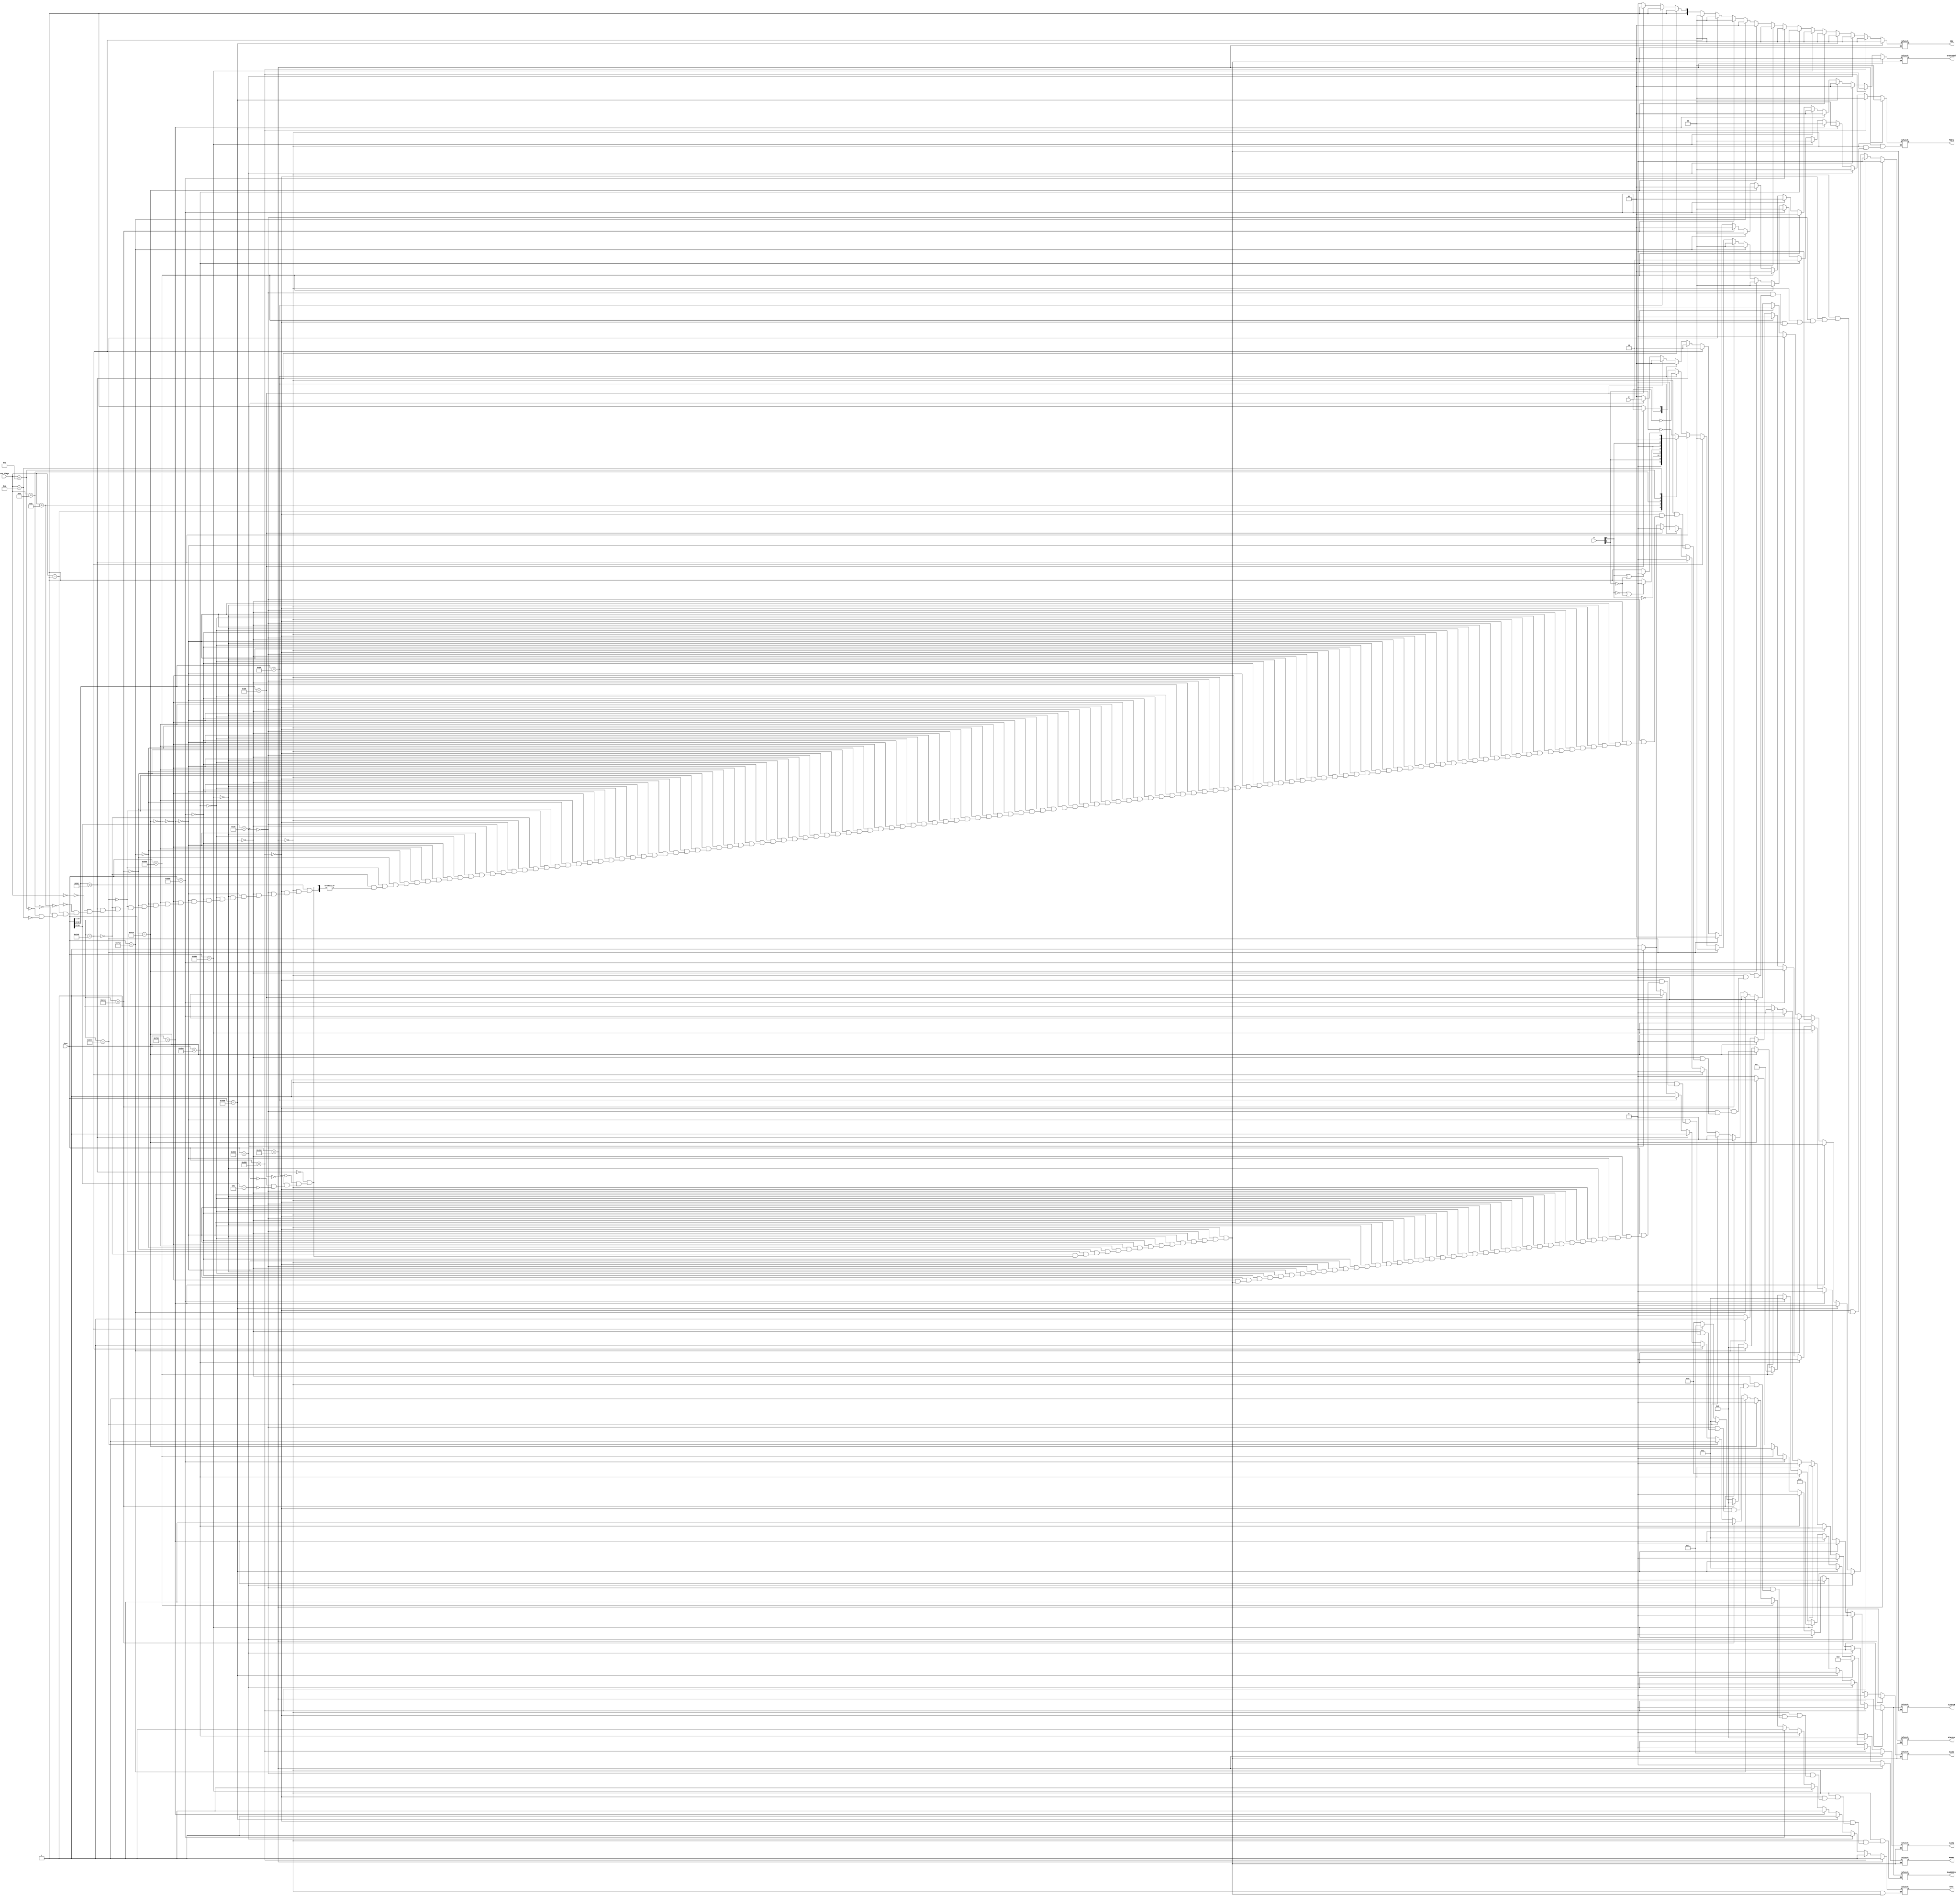
module Control_unit(
    input [10:0] Inst,
    input Z,
    input [1:0]N,
    input [3:0] con_flags,
    output reg RegRd2Src,
    output reg RfWr,
    output reg [1:0] SEU,
    output reg ALUSrcB,
    output reg [3:0] ALUOp,
    output reg MemWr,
    output reg MemRd,
    output reg [1:0] PCSrc,
    output reg [1:0] WrDataSel,
    output reg RfWrScr
    //output reg flagsWR
    );

always @(*)begin
        
        //AND
    if(Inst == 11'B10001010000)    
        begin
            RegRd2Src = 0;
            RfWr <= 1;
            SEU <= 0;
            ALUSrcB <= 0;
            ALUOp <= 2;
            MemWr <= 0;
            MemRd <= 0;
            PCSrc <= 0;
            WrDataSel <= 1;
            RfWrScr <= 0;
        end
        
        //ADD
    else if(Inst == 11'B10001011000)
        begin
            RegRd2Src <= 0;
            RfWr = 1;
            SEU <= 0;
            ALUSrcB <= 0;
            ALUOp <= 0;
            MemWr <= 0;
            MemRd <= 0;
            PCSrc <= 0;
            WrDataSel <= 1;
            RfWrScr <= 0;
        end 
        
        //ORR
    else if(Inst == 11'B10101010000)    
        begin
            RegRd2Src <= 0;
            RfWr <= 1;
            SEU <= 0;
            ALUSrcB <= 0;
            ALUOp <= 3;
            MemWr <= 0;
            MemRd <= 0;
            PCSrc <= 0;
            WrDataSel <= 1;
            RfWrScr <= 0;
        end 
        
        //SUB
    else if(Inst == 11'B11001011000)    
        begin
            RegRd2Src = 0;
            RfWr <= 1;
            SEU <= 0;
            ALUSrcB <= 0;
            ALUOp <= 1;
            MemWr <= 0;
            MemRd <= 0;
            PCSrc <= 0;
            WrDataSel <= 1;
            RfWrScr <= 0;
        end 
      /////////////////////////////////////  
     else if(Inst == 11'B11101011000)    
        begin
            RegRd2Src <= 0;
            RfWr <= 1;
            SEU <= 0;
            ALUSrcB <= 0;
            ALUOp <= 1;
            MemWr <= 0;
            MemRd <= 0;
            PCSrc <= 0;
            WrDataSel <= 1;
            RfWrScr <= 0;
        end
        
        //LSL
    else if(Inst == 11'B11010011011)     
        begin
            RegRd2Src <= 0;
            RfWr <= 1;
            SEU <= 0;
            ALUSrcB <= 0;
            ALUOp <= 6;
            MemWr <= 0;
            MemRd <= 0;
            PCSrc <= 0;
            WrDataSel <= 1;
            RfWrScr <= 0;
        end 
        
        //BR
    else if(Inst == 11'B11010110000) 
        begin
            RegRd2Src <= 0;
            RfWr <= 0;
            SEU <= 0;
            ALUSrcB <= 0;
            ALUOp <= 8;
            MemWr <= 0;
            MemRd <= 0;
            PCSrc <= 2;
            WrDataSel <= 1;
            RfWrScr <= 1;
        end 
        
        //ADDS
    else if(Inst == 11'B10101011000)
        begin
            RegRd2Src <= 0;
            RfWr <= 1;
            SEU <= 0;
            ALUSrcB <= 0;
            ALUOp <= 1;
            MemWr <= 0;
            MemRd <= 0;
            PCSrc <= 0;
            WrDataSel <= 1;
            RfWrScr <= 0;
        end 
        
        //SUBS
    else if(Inst == 11'B11101011000)
        begin
            RegRd2Src <= 0;
            RfWr <= 1;
            SEU <= 0;
            ALUSrcB <= 0;
            ALUOp <= 2;
            MemWr <= 0;
            MemRd <= 0;
            PCSrc <= 0;
            WrDataSel <= 1;
            RfWrScr <= 0;
        end 
        
        //LSR
    else if(Inst == 11'B11010011010)
        begin
            RegRd2Src = 0;
            RfWr <= 1;
            SEU <= 0;
            ALUSrcB <= 0;
            ALUOp <= 7;
            MemWr <= 0;
            MemRd <= 0;
            PCSrc <= 0;
            WrDataSel <= 1;
            RfWrScr <= 0;
        end 
        
        //STUR
    else if(Inst == 11'B11111000000)
        begin
            RegRd2Src = 1;
            RfWr <= 0;
            SEU <= 1;
            ALUSrcB <= 1;
            ALUOp <= 0;
            MemWr <= 1;
            MemRd <= 0;
            PCSrc <= 0;
            WrDataSel <= 1;
            RfWrScr <= 0;
        end 
        
        //LDUR
    else if(Inst == 11'B11111000010)
        begin
            RegRd2Src <= 1;
            RfWr <= 1;
            SEU <= 1;
            ALUSrcB <= 1;
            ALUOp <= 0;
            MemWr <= 0;
            MemRd <= 1;
            PCSrc <= 0;
            WrDataSel <= 0;
            RfWrScr <= 0;
        end 
        
        //ADDI

    else if(Inst[10:1] == 10'B1001000100)
        begin
            RegRd2Src <= 1;
            RfWr <= 1;
            SEU <= 0;
            ALUSrcB <= 1;
            ALUOp <= 0;
            MemWr <= 0;
            MemRd <= 0;
            PCSrc <= 0;
            WrDataSel <= 1;
            RfWrScr <= 0;
        end   
        
        //SUBI
    else if(Inst[10:1] == 10'B1101000100)
        begin
            RegRd2Src <= 1;
            RfWr <= 1;
            SEU <= 0;
            ALUSrcB <= 1;
            ALUOp <= 1;
            MemWr <= 0;
            MemRd <= 0;
            PCSrc <= 0;
            WrDataSel <= 1;
            RfWrScr <= 0;
        end  
        
        //ANDI
    else if(Inst[10:1] == 10'B1001001000)
        begin
            RegRd2Src <= 1;
            RfWr <= 1;
            SEU <= 0;
            ALUSrcB <= 1;
            ALUOp <= 2;
            MemWr <= 0;
            MemRd <= 0;
            PCSrc <= 0;
            WrDataSel <= 1;
            RfWrScr <= 0;
        end   
        
        //B.cond
    else if(Inst[10:3] == 8'B01010100)
        begin
            RegRd2Src <= 1;
            RfWr <= 1;
            SEU <= 3;
            ALUSrcB <= 1;
            ALUOp <= 8;
            MemWr <= 0;
            MemRd <= 0;
            case (con_flags)
                4'B0000:begin
                    PCSrc = ~N[1];
                end
                4'B0001:begin
                    PCSrc = N[1];
                end
                4'B1011:begin
                    PCSrc = ~N[0];
                end
                4'B1101:begin
                    if(N[0]==0 || N[1]==0)
                        PCSrc = 0;
                    else
                        PCSrc = 1;
                end
                4'B1100:begin
                    PCSrc = N[0];
                end
                4'B1010:begin
                    if(N[0]==1 || N[1]==0)
                        PCSrc = 0;
                    else
                        PCSrc = 1;
                end
            endcase
            WrDataSel <= 1;
            RfWrScr <= 0;
            //flagsWR <=1;
        end 
        
        //CBZ
    else if(Inst[10:3] == 8'B10110100)
        begin
            RegRd2Src <= 1;
            RfWr <= 1;
            SEU <= 3;
            ALUSrcB <= 1;
            ALUOp <= 8;
            MemWr <= 0;
            MemRd <= 0;
            PCSrc <= ~Z;
            WrDataSel <= 1;
            RfWrScr <= 0;
        end 
        
        //CBNZ
    else if(Inst[10:3] == 8'B10110101)
        begin
            RegRd2Src <= 1;
            RfWr <= 1;
            SEU <= 3;
            ALUSrcB <= 1;
            ALUOp <= 8;
            MemWr <= 0;
            MemRd <= 0;
            PCSrc <= Z;
            WrDataSel <= 1;
            RfWrScr <= 0;
        end 
        
        //BL
    else if(Inst[10:5] == 6'B100101)
        begin
            RegRd2Src <= 1;
            RfWr <= 1;
            SEU <= 2;
            ALUSrcB <= 1;
            ALUOp <= 8;
            MemWr <= 0;
            MemRd <= 0;
            PCSrc <= 1;
            WrDataSel <= 2;
            RfWrScr <= 1;
        end 
        
        //B
    else if(Inst[10:5] == 6'B000101)
        begin
            RegRd2Src <= 1;
            RfWr <= 0;
            SEU <= 2;
            ALUSrcB <= 1;
            ALUOp <= 8;
            MemWr <= 0;
            MemRd <= 0;
            PCSrc <= 1;
            WrDataSel <= 1;
            RfWrScr <= 0;
        end 
        
end


endmodule